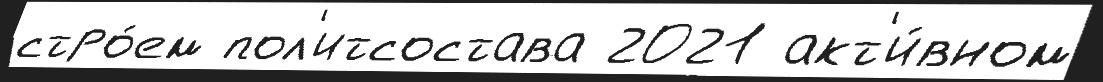
стро́ем пол'итсостава 2021 акт'и́вном